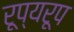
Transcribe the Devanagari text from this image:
रूप्यरूप